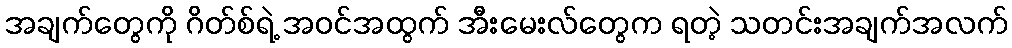
အချက်တွေကို ဂိတ်စ်ရဲ့ အဝင်အထွက် အီးမေးလ်တွေက ရတဲ့ သတင်းအချက်အလက်